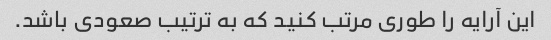
این آرایه را طوری مرتب کنید که به ترتیب صعودی باشد.